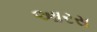
આરસ